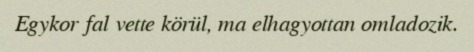
Egykor fal vette körül, ma elhagyottan omladozik.